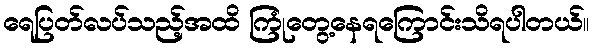
ရေပြတ်လပ်သည့်အထိ ကြုံတွေ့နေရကြောင်းသိရပါတယ်။